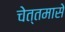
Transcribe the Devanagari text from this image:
चेत्तमासे